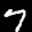
Label: 7